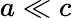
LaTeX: a\ll c